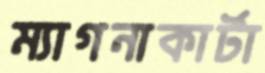
ম্যাগনাকার্টা